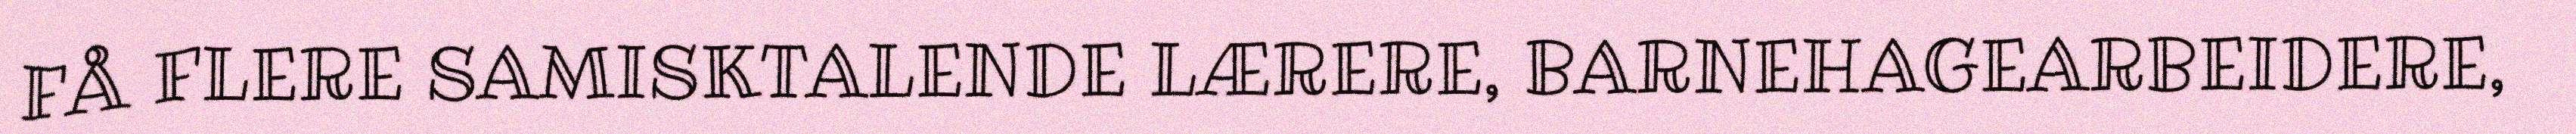
FÅ FLERE SAMISKTALENDE LÆRERE, BARNEHAGEARBEIDERE,